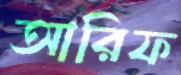
আরিফ